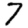
Digit: 7